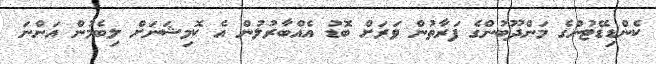
ކެންޑިޑޭޓުންގެ މަންދޫބުންގެ ފަަރާތުންް ވަރަށް ބޮޑު އެއްބާރުލުންް އެ ކޮމިޝަނަށް ލިބެމުން އަންނަ